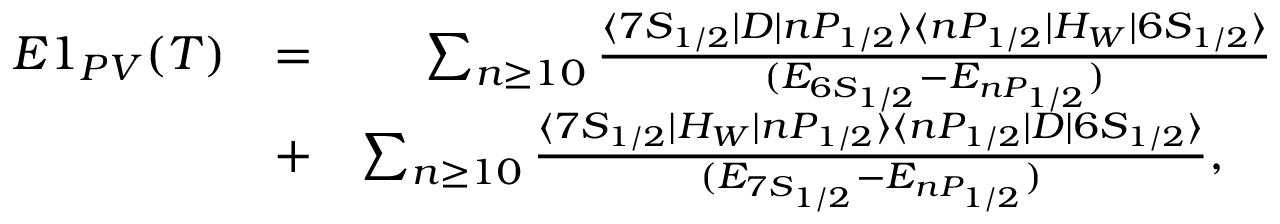
\begin{array} { r l r } { E 1 _ { P V } ( T ) } & { = } & { \sum _ { n \ge 1 0 } \frac { \langle 7 S _ { 1 / 2 } | D | n P _ { 1 / 2 } \rangle \langle n P _ { 1 / 2 } | H _ { W } | 6 S _ { 1 / 2 } \rangle } { ( E _ { 6 S _ { 1 / 2 } } - E _ { n P _ { 1 / 2 } } ) } } \\ & { + } & { \sum _ { n \ge 1 0 } \frac { \langle 7 S _ { 1 / 2 } | H _ { W } | n P _ { 1 / 2 } \rangle \langle n P _ { 1 / 2 } | D | 6 S _ { 1 / 2 } \rangle } { ( E _ { 7 S _ { 1 / 2 } } - E _ { n P _ { 1 / 2 } } ) } , \ \ \ } \end{array}